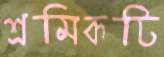
শ্রমিকটি